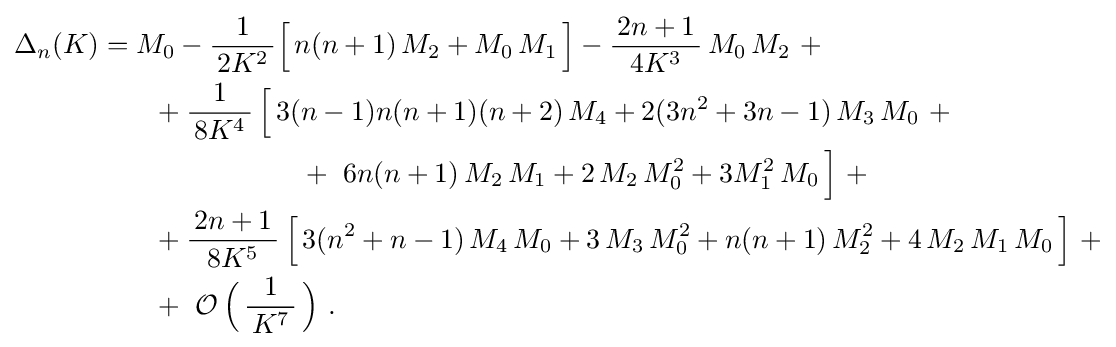
{\begin{aligned}&\Delta _{n}(K)=M_{0}-{\frac {1}{\,2K^{2}\,}}{\Bigl [}\,n(n+1)\,M_{2}+M_{0}\,M_{1}\,{\Bigr ]}-{\frac {\,2n+1\,}{4K^{3}}}\,M_{0}\,M_{2}~+\\&\qquad \qquad \quad +{\frac {1}{\,8K^{4}\,}}\,{\Bigl [}\,3(n-1)n(n+1)(n+2)\,M_{4}+2(3n^{2}+3n-1)\,M_{3}\,M_{0}~+\\&\qquad \qquad \qquad \qquad \qquad ~+~6n(n+1)\,M_{2}\,M_{1}+2\,M_{2}\,M_{0}^{2}+3M_{1}^{2}\,M_{0}\,{\Bigr ]}~+\\&\qquad \qquad \quad +{\frac {\,2n+1\,}{\,8K^{5}\,}}\,{\Bigl [}\,3(n^{2}+n-1)\,M_{4}\,M_{0}+3\,M_{3}\,M_{0}^{2}+n(n+1)\,M_{2}^{2}+4\,M_{2}\,M_{1}\,M_{0}\,{\Bigr ]}~+\\&\qquad \qquad \quad +~\operatorname {\mathcal {O}} {\Bigl (}\,{\frac {1}{\,K^{7}\,}}\,{\Bigr )}~.\end{aligned}}